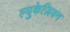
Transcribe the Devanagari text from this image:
ल्युकेज़ियन